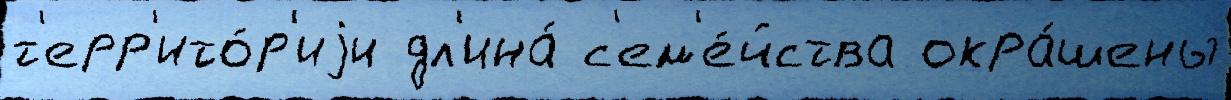
т'ерр'ито́р'иjи дл'ина́ с'ем'е́йства окра́шены